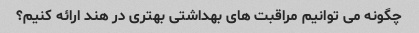
چگونه می توانیم مراقبت های بهداشتی بهتری در هند ارائه کنیم؟